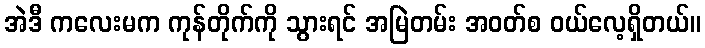
အဲဒီ ကလေးမက ကုန်တိုက်ကို သွားရင် အမြဲတမ်း အဝတ်စ ဝယ်လေ့ရှိတယ်။